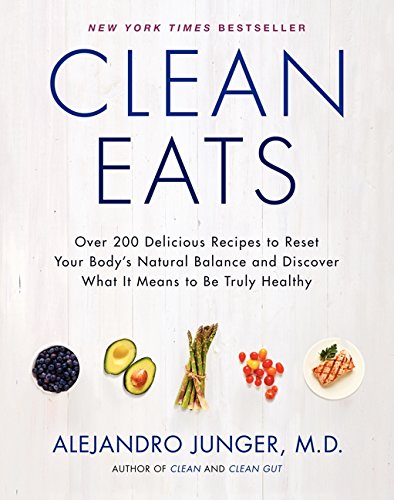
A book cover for Clean Eats: Over 200 Delicious Recipes to Reset Your Body's Natural Balance and Discover What It Means to Be Truly Healthy; Alejandro Junger; Cookbooks, Food & Wine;